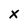
Character: x